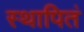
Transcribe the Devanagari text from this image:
स्थापितं